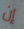
إن